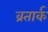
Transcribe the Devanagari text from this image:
व्रतार्क